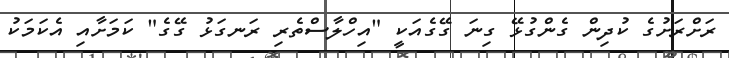
ރަށްރަށުގެ ކުދިން ގެންގުޅޭ ގިނަ ގޭގެއަކީ "އިހްލާސްތެރި ރަނގަޅު ގޭގެ" ކަމަށާއި އެކަމަކު